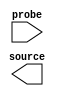
// megafunction wizard: %In-System Sources and Probes%VBB%
// GENERATION: STANDARD
// VERSION: WM1.0
// MODULE: altsource_probe 

// ============================================================
// Megafunction Name(s):
// 			altsource_probe
//
// Simulation Library Files(s):
// 			altera_mf
// ============================================================
// ************************************************************
// THIS IS A WIZARD-GENERATED FILE. DO NOT EDIT THIS FILE!
//
// 13.1.0 Build 162 10/23/2013 SJ Full Version
// ************************************************************

//Copyright (C) 1991-2013 Altera Corporation
//Your use of Altera Corporation's design tools, logic functions 
//and other software and tools, and its AMPP partner logic 
//functions, and any output files from any of the foregoing 
//(including device programming or simulation files), and any 
//associated documentation or information are expressly subject 
//to the terms and conditions of the Altera Program License 
//Subscription Agreement, Altera MegaCore Function License 
//Agreement, or other applicable license agreement, including, 
//without limitation, that your use is for the sole purpose of 
//programming logic devices manufactured by Altera and sold by 
//Altera or its authorized distributors.  Please refer to the 
//applicable agreement for further details.

module iss1 (
	probe,
	source);

	input	  probe;
	output	[30:0]  source;

endmodule

// ============================================================
// CNX file retrieval info
// ============================================================
// Retrieval info: PRIVATE: INTENDED_DEVICE_FAMILY STRING "Cyclone V"
// Retrieval info: LIBRARY: altera_mf altera_mf.altera_mf_components.all
// Retrieval info: CONSTANT: ENABLE_METASTABILITY STRING "NO"
// Retrieval info: CONSTANT: INSTANCE_ID STRING "NONE"
// Retrieval info: CONSTANT: PROBE_WIDTH NUMERIC "0"
// Retrieval info: CONSTANT: SLD_AUTO_INSTANCE_INDEX STRING "YES"
// Retrieval info: CONSTANT: SLD_INSTANCE_INDEX NUMERIC "0"
// Retrieval info: CONSTANT: SOURCE_INITIAL_VALUE STRING " 0"
// Retrieval info: CONSTANT: SOURCE_WIDTH NUMERIC "31"
// Retrieval info: USED_PORT: probe 0 0 0 0 INPUT NODEFVAL "probe"
// Retrieval info: USED_PORT: source 0 0 31 0 OUTPUT NODEFVAL "source[30..0]"
// Retrieval info: CONNECT: @probe 0 0 0 0 probe 0 0 0 0
// Retrieval info: CONNECT: source 0 0 31 0 @source 0 0 31 0
// Retrieval info: GEN_FILE: TYPE_NORMAL iss1.v TRUE
// Retrieval info: GEN_FILE: TYPE_NORMAL iss1.inc FALSE
// Retrieval info: GEN_FILE: TYPE_NORMAL iss1.cmp FALSE
// Retrieval info: GEN_FILE: TYPE_NORMAL iss1.bsf FALSE
// Retrieval info: GEN_FILE: TYPE_NORMAL iss1_inst.v TRUE
// Retrieval info: GEN_FILE: TYPE_NORMAL iss1_bb.v TRUE
// Retrieval info: LIB_FILE: altera_mf